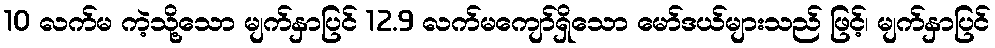
10 လက်မ ကဲ့သို့သော မျက်နှာပြင် 12.9 လက်မကျော်ရှိသော မော်ဒယ်များသည် ဖြင့်၊ မျက်နှာပြင်